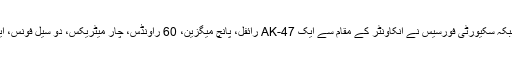
یہ دیکھ کر دیگر عسکریت پسند وہاں سے فرار ہوگئے جبکہ سکیورٹی فورسیس نے انکاؤنٹر کے مقام سے ایک AK-47 رائفل، پانچ میگزین، 60 راؤنڈس، چار میٹریکس، دو سیل فونس، ایک جی پی ایس اور ایک یو بی جی ایل دستی بم ضبط کیا۔